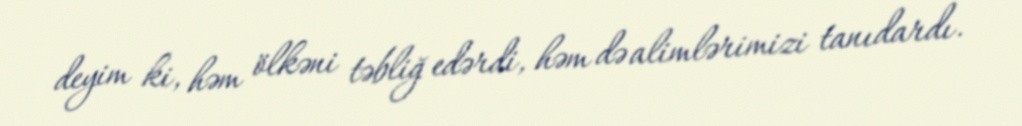
deyim ki, həm ölkəni təbliğ edərdi, həm də alimlərimizi tanıdardı.